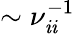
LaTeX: \sim\nu_{\mathit{i}\mathit{i}}^{-1}